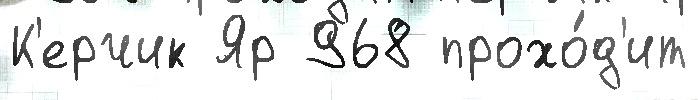
К'ерчик Яр 968 прохо́д'ит